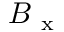
B _ { \mathrm { ~ x ~ } }